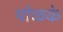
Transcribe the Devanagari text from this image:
पोळके